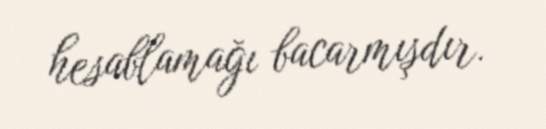
hesablamağı bacarmışdır.